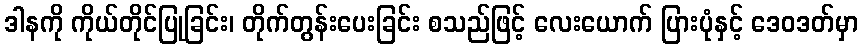
ဒါနကို ကိုယ်တိုင်ပြုခြင်း၊ တိုက်တွန်းပေးခြင်း စသည်ဖြင့် လေးယောက် ပြားပုံနှင့် ဒေဝဒတ်မှာ